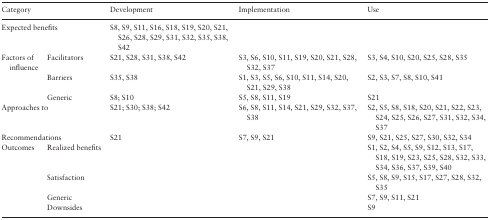
| <COLSPAN=2> Category | Development | Implementation | Use |
 | --- | --- | --- | --- | --- |
 | <COLSPAN=2> Expected benefits | S8, S9, S11, S16, S18, S19, S20, S21, S26, S28, S29, S31, S32, S35, S38, S42 |  |  |
 | <ROWSPAN=3> Factors of influence | Facilitators | S21, S28, S31, S38, S42 | S3, S6, S10, S11, S19, S20, S21, S28, S32, S37 | S3, S4, S10, S20, S25, S28, S35 |
 | Barriers | S35, S38 | S1, S3, S5, S6, S10, S11, S14, S20, S21, S29, S38 | S2, S3, S7, S8, S10, S41 |
 | Generic | S8; S10 | S5, S8, S11, S19 | S21 |
 | <COLSPAN=2> Approaches to | S21; S30; S38; S42 | S6, S8, S11, S14, S21, S29, S32, S37, S38 | S2, S5, S8, S18, S20, S21, S22, S23, S24, S25, S26, S27, S31, S32, S34, S37 |
 | <COLSPAN=2> Recommendations | S21 | S7, S9, S21 | S9, S21, S25, S27, S30, S32, S34 |
 | <ROWSPAN=4> Outcomes | Realized benefits |  |  | S1, S2, S4, S5, S9, S12, S13, S17, S18, S19, S23, S25, S28, S32, S33, S34, S36, S37, S39, S40 |
 | Satisfaction |  |  | S5, S8, S9, S15, S17, S27, S28, S32, S35 |
 | Generic |  |  | S7, S9, S11, S21 |
 | Downsides |  |  | S9 |